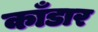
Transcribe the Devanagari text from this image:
काँडार